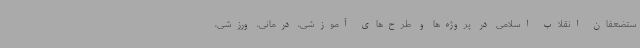
ستضعفان انقلاب اسلامی در پروژه‌ها و طرح‌های آموزشی، درمانی، ورزشی،